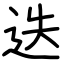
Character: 迭